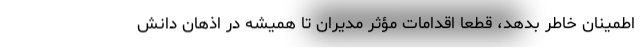
اطمینان خاطر بدهد، قطعاً اقدامات مؤثر مدیران تا همیشه در اذهان دانش